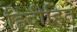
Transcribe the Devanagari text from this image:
हिंदीहित